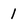
Character: 1